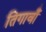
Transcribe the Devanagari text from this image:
तिगावाँ